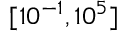
[ 1 0 ^ { - 1 } , 1 0 ^ { 5 } ]